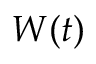
\mathbf { } W ( t )